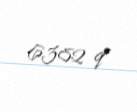
6382 q